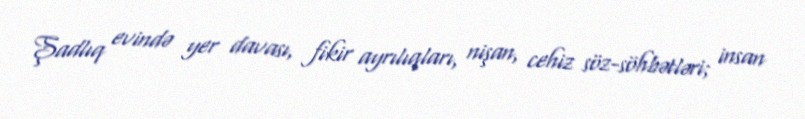
Şadlıq evində yer davası, fikir ayrılıqları, nişan, cehiz söz-söhbətləri; insan